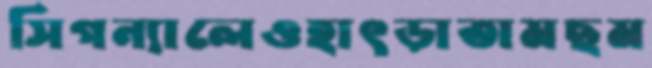
সিগন্যালেওহাৎড়াতামছম